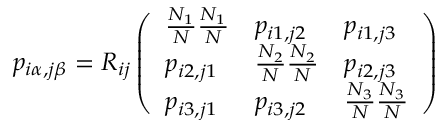
p _ { i \alpha , j \beta } = R _ { i j } \left( \begin{array} { l l l } { \frac { N _ { 1 } } { N } \frac { N _ { 1 } } { N } } & { p _ { i 1 , j 2 } } & { p _ { i 1 , j 3 } } \\ { p _ { i 2 , j 1 } } & { \frac { N _ { 2 } } { N } \frac { N _ { 2 } } { N } } & { p _ { i 2 , j 3 } } \\ { p _ { i 3 , j 1 } } & { p _ { i 3 , j 2 } } & { \frac { N _ { 3 } } { N } \frac { N _ { 3 } } { N } } \end{array} \right)